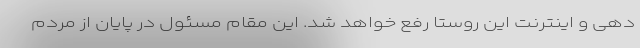
دهی و اینترنت این روستا رفع خواهد شد. این مقام مسئول در پایان از مردم